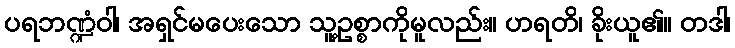
ပရဘဏ္ဍံဝါ၊ အရှင်မပေးသော သူ့ဥစ္စာကိုမူလည်း။ ဟရတိ၊ ခိုးယူ၏။ တဒါ၊